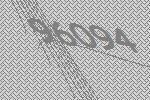
96094